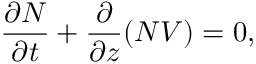
\frac { \partial N } { \partial t } + \frac { \partial } { \partial z } ( N V ) = 0 ,